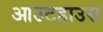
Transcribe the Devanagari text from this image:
आउटहाउस